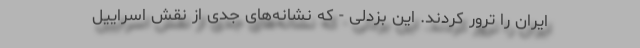
ایران را ترور ‌کردند. این بزدلی - که نشانه‌های جدی از نقش اسراییل